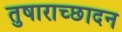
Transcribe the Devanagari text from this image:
तुषाराच्छादन